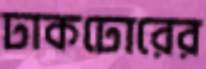
ঢাকঢোরের